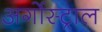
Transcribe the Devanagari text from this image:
अर्गोस्ट्राल